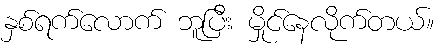
နှစ်ရက်လောက် ဘူပြီး မှိုင်နေလိုက်တယ်။